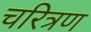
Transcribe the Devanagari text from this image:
चरित्रण